Annual report of lunatic asylums [Bombay] - 1912-1922
Year: 1912
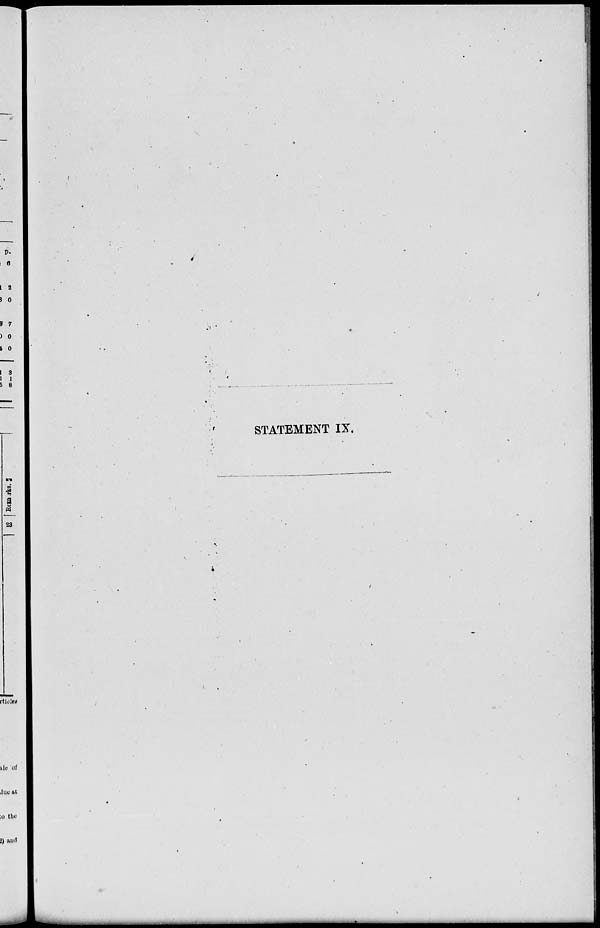
STATEMENT IX.